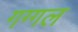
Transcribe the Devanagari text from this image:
गग्‍गल